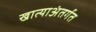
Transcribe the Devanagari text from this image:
खात्याअंतर्गत